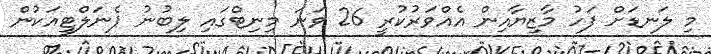
މި ލަނޑަށް ފަހު މާޒިޔާއިން އެއްވަރުކުރީ 26 ވަނަ މިނިޓްގައި ލިބުނު ޕެނަލްޓީއަކުން